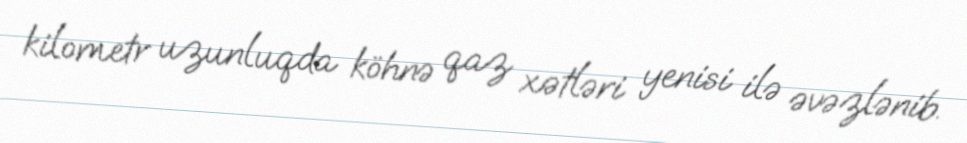
kilometr uzunluqda köhnə qaz xətləri yenisi ilə əvəzlənib.